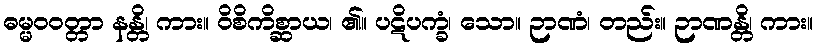
ဓမ္မဝဝတ္တာ နန္တိ၊ ကား။ ဝိစိကိစ္ဆာယ၊ ၏။ ပဋိပက္ခံ၊ သော။ ဉာဏံ၊ တည်း။ ဉာဏန္တိ၊ ကား။